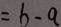
= b - a